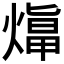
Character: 𤎙